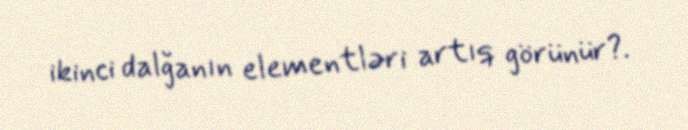
ikinci dalğanın elementləri artıq görünür?.